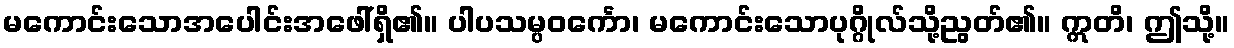
မကောင်းသောအပေါင်းအဖေါ်ရှိ၏။ ပါပသမ္ပဝင်္ကော၊ မကောင်းသောပုဂ္ဂိုလ်သို့ညွတ်၏။ ဣတိ၊ ဤသို့။